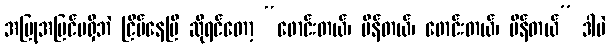
အပြုအပြင်မရှိဘဲ ငြိမ်နေပြီ ဆိုရင်တော့ “ဖောင်းတယ်၊ ပိန်တယ်၊ ဖောင်းတယ်၊ ပိန်တယ်” ဒါပဲ